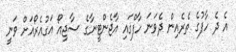
އެ ދެ ހާފުގެ ތެރެއިން ދެވަނަ ހާފްގައި އާޖެންޓީނާގެ ސާޖިއޯ އަގުއެރޯއަށް ވަނީ